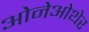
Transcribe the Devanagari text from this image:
ओनेओथेर